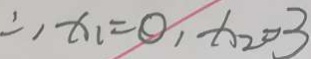
\therefore x _ { 1 } = 0 , x _ { 2 } = 3